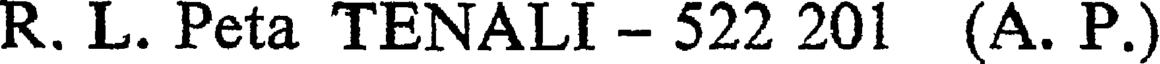
R. L. Peta TENALI - 522 201 (A. P.)